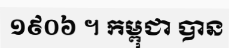
១៩០៦ ។ កម្ពុជា បាន